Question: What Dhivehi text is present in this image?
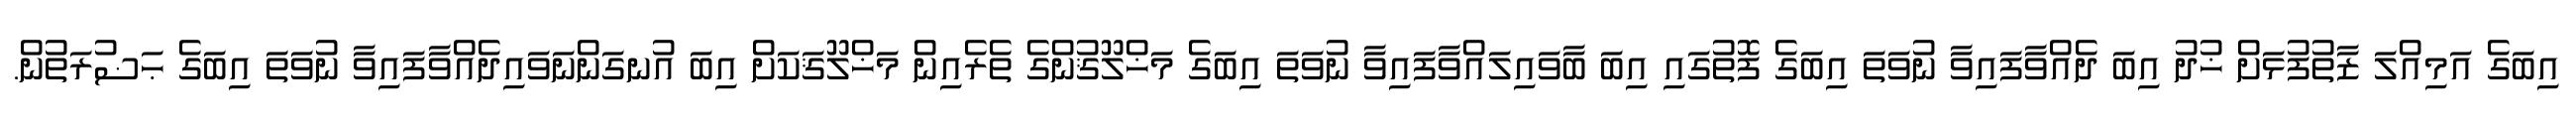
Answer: އިބަގެ އަމިއްލަ ޒާތުފުޅަށް ޚުދު އިބަ ދެއްވާފައިވާ ނުވަތަ އިބަގެ ފޮތުގައި އިބަ ބާވައިލައްވާފައިވާ ނުވަތަ އިބަގެ މަޚްލޫޤުންގެ ތެރެއިން މަޚްލޫޤަކަށް އިބަ އުނގަންނަވައިދެއްވާފައިވާ ނުވަތަ އިބަގެ ޙަޟުރަތުން.